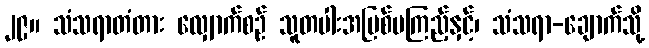
၂၉။ သံသရာတံတား လျှောက်စဉ် သူတပါးအပြစ်မကြည့်နှင့်၊ သံသရာ-ချောက်သို့